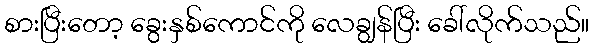
စားပြီးတော့ ခွေးနှစ်ကောင်ကို လေချွန်ပြီး ခေါ်လိုက်သည်။